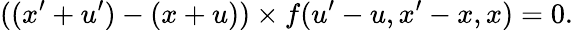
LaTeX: \displaystyle((x^{\prime}+u^{\prime})-(x+u))\times f(u^{\prime}-u,x^{\prime}-x,x)=0.